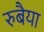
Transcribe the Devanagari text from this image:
रुबैया